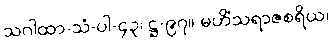
သဂါထာ-သံ-ပါ-၄၃၊ ဋ္ဌ-၉၇။ မဟိံသရာဇစရိယ၊